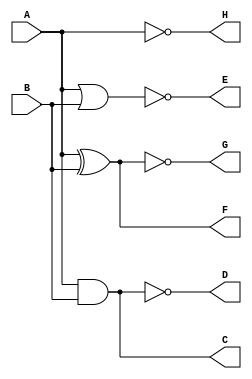
module m1(A,B,C,D,E,F,G,H);
input A,B;
output C,D,E,F,G,H;
and(C,A,B);
nand(D,A,B);
nor (E,A,B);
xor(F,A,B);
xnor(G,A,B);
not(H,A);
endmodule
module test;
reg a,b;
wire c,d,e,f,g,h;
m1 g1(a,b,c,d,e,f,g,h);
initial begin
$display("A\tB\tC\tD\tE\tF\tG\tH\t");
$monitor("%b\t%b\t%b\t%b\t%b\t%b\t%b\t%b\t",a,b,c,d,e,f,g,h);
$dumpfile("first.vcd");
$dumpvars(0,test);
a=0;b=0;
#10 a=0;b=1;
#10 a=1;b=0;
#10 a=1;b=1;
#10
$finish;
end 
endmodule